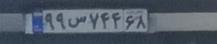
۹۹س۷۴۴۶۸